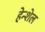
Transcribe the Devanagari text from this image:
हेन्शेल